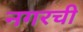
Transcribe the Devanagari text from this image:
नगरची